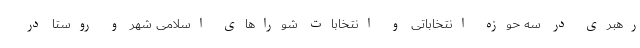
رهبری در سه حوزه انتخاباتی و انتخابات شوراهای اسلامی شهر و روستا در